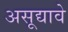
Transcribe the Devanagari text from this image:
असूद्यावे